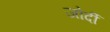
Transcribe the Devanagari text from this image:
जोर्दी